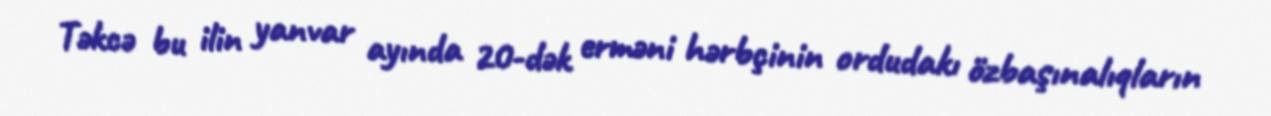
Təkcə bu ilin yanvar ayında 20-dək erməni hərbçinin ordudakı özbaşınalıqların